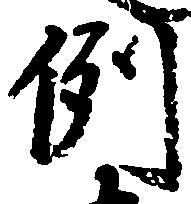
例